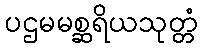
ပဌမမစ္ဆရိယသုတ္တံ